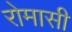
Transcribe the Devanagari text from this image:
रोमासी